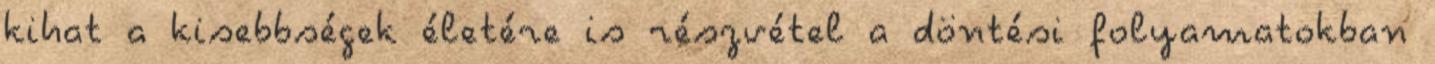
kihat a kisebbségek életére is részvétel a döntési folyamatokban